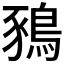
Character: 𪁥